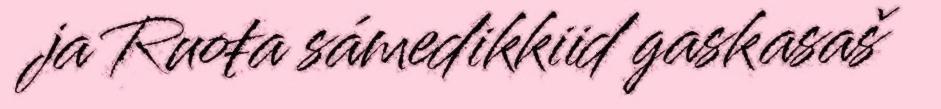
ja Ruoŧa sámedikkiid gaskasaš